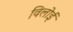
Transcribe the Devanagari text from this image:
विलोई